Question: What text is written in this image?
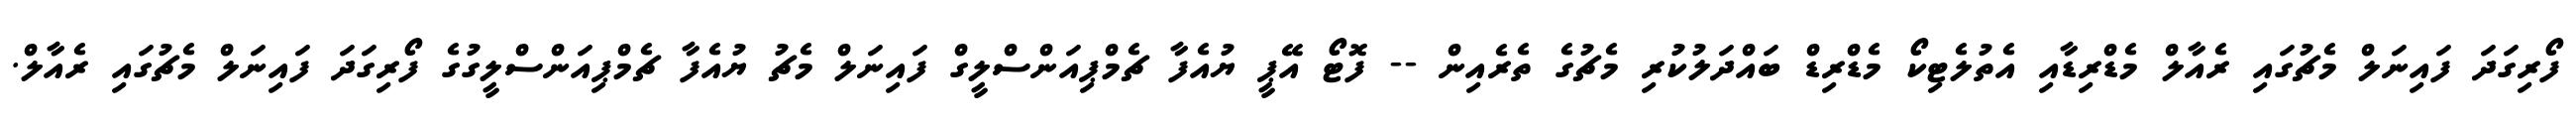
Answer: ފޯރިގަދަ ފައިނަލް މެޗުގައި ރެއާލް މެޑްރިޑާއި އެތުލެޓިކޯ މެޑްރިޑް ބައްދަލުކުރި މެޗުގެ ތެރެއިން -- ފޮޓޯ އޭޕީ ޔުއެފާ ޗެމްޕިއަންސްލީގް ފައިނަލް މެޗު ޔުއެފާ ޗެމްޕިއަންސްލީގުގެ ފޯރިގަދަ ފައިނަލް މެޗުގައި ރެއާލް.